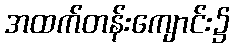
အထက်တန်းကျောင်း၌